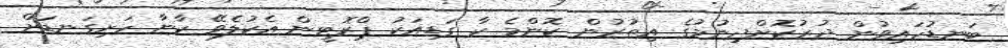
ބަނޑުހައިވުން ދުރުކޮށްދިނުމުގެ އިތުރުން ކޮންމެ ކާ ގަޑިއަކު ޕްރޮޓީން އެކުލެވޭ ކާނާ ހަށިގަނޑަށް